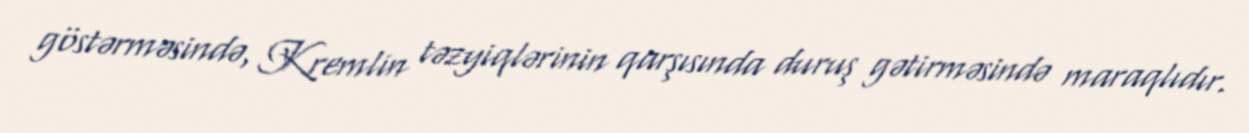
göstərməsində, Kremlin təzyiqlərinin qarşısında duruş gətirməsində maraqlıdır.